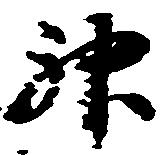
神